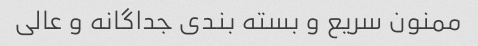
ممنون سریع و بسته بندی جداگانه و عالی